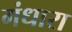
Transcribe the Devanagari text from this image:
गंधारा